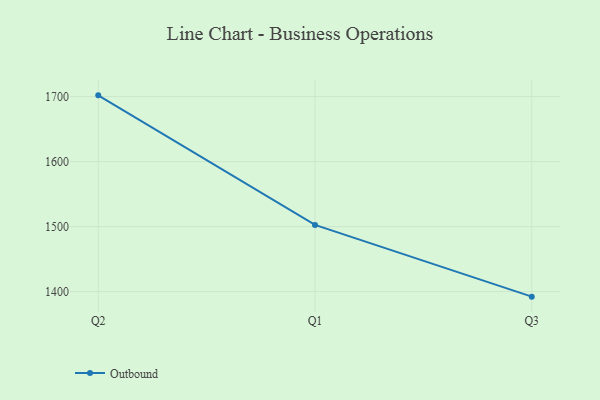
{"axis": {"x": "Quarter", "y": "LTV (USD)"}, "legend": ["Outbound"], "data": [{"x": "Q2", "y": 1702.0, "type": "Outbound"}, {"x": "Q1", "y": 1502.7, "type": "Outbound"}, {"x": "Q3", "y": 1392.3, "type": "Outbound"}]}